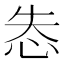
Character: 怣